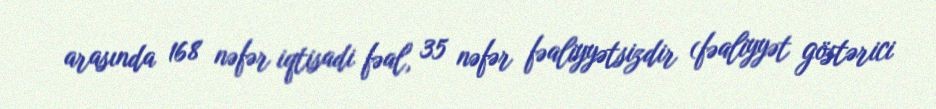
arasında 168 nəfər iqtisadi fəal, 35 nəfər fəaliyyətsizdir (fəaliyyət göstərici